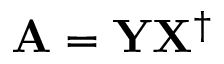
\begin{array} { r } { \mathbf { A } = \mathbf { Y } \mathbf { X } ^ { \dagger } } \end{array}